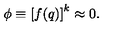
\phi \equiv \left[ f ( q ) \right] ^ { k } \approx 0 .